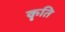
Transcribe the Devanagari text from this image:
कॄति